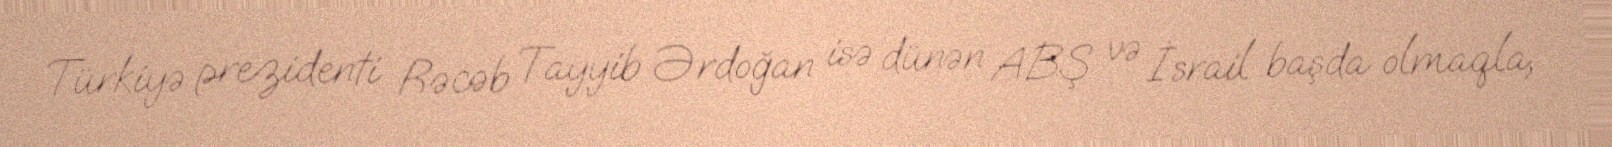
Türkiyə prezidenti Rəcəb Tayyib Ərdoğan isə dünən ABŞ və İsrail başda olmaqla,